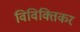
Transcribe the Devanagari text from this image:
विविक्तिकर